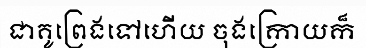
ជាគូព្រេងទៅហើយ ចុងក្រោយក៏